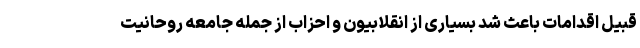
قبیل اقدامات باعث شد بسیاری از انقلابیون و احزاب از جمله جامعه روحانیت